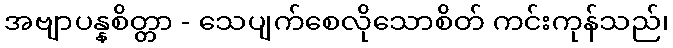
အဗျာပန္နစိတ္တာ - သေပျက်စေလိုသောစိတ် ကင်းကုန်သည်၊